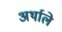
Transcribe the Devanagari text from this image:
अर्थाले